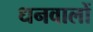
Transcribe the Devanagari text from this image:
धनवालों